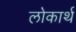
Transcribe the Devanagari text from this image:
लोकार्थ